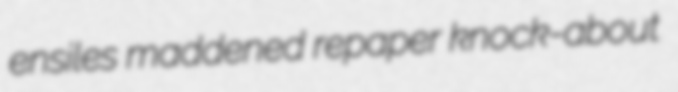
ensiles maddened repaper knock-about